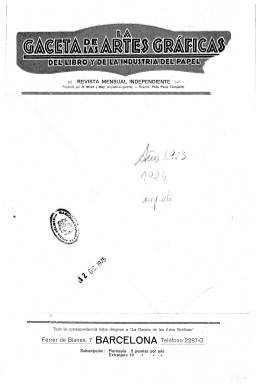
Título: La Gaceta de las artes gráficas del libro y de la industria del papel
Otros títulos: Gaceta de las artes gráficas
Colección: Artes gráficas || Libros
Ámbito geográfico: Barcelona
Lugar de publicación: Barcelona
Fechas: 01/10/1923-01/09/1938

Fundada por O. Streit y May, que fue también su propietario-gerente, siendo su director al principio Félix Pérez Tomasetti. Revista de carácter profesional, industrial y comercial, incluido el de la exportación, dedicada a los sectores de la fabricación del papel, de cartonajes y de tintas, fundición de tipos, empresas editoras e impresoras y al trabajo de tipógrafos, fotograbadores, litógrafos o encuadernadores y, en general, a todos los sectores del ramo de las artes gráficas en su edición de productos librescos y también de publicaciones periódicas (revistas y periódicos).

Con el subtítulo “revista mensual independiente”, que nunca abandonará, aparece su primer número en octubre de 1923, editada por la barcelonesa Publicaciones Modernas. Ofrecerá información española y extranjera de las actividades empresariales del sector, señalando que dispondrá de una densa red de colaboradores y corresponsales, tanto en la península como en otros países; publicará estudios de carácter técnico y económico (excepto los que contengan aspectos políticos), así como descripciones detalladas del funcionamiento de máquinas y otros utillajes auxiliares. También dispondrá de una sección de consultas y consejos de carácter técnico y económico, e insertará anuncios de compra-venta para patronos y operarios. En sus páginas abunda la publicidad de los productos dedicados a las artes gráficas de empresas y compañías.

Ofrece información sobre novedades tecnológicas, de técnicas de composición y edición, historia de la imprenta y de la tipografía, sistemas de impresión y producción, celebración de congresos y exposiciones de prensa y artes gráficas, industrias del papel, producción hemerográfica y de las imprentas de provincias. Entre sus colaboradores se encuentran el editor e impresor madrileño Estanislao Maestre, así como el experto Juan Oller Xaus o Manuel de Escar Lagada, Rafael Sampere y Antonio Rovira, que publicará un vocabulario tipográfico.

Sus entregas serán de variada paginación, desde la docena hasta más de cincuenta páginas por entrega. Cada año inicia nueva secuencia de numeración. Destaca la variación en el diseño y tipografía de sus cubiertas, siendo algunas estampadas a varias tintas. También publica algunas láminas en color, así como dibujos, figuras y fotograbados, que acompañan a sus textos o a las inserciones publicitarias.

Con cabecera propia llega a incluir en sus entregas el título Papel y tinta, como “revista mensual” dedicada al comercio de papelería, objetos de escritorio, dibujo y propaganda, etc. Continuó publicándose durante prácticamente toda la guerra civil. El último número de la colección de la Biblioteca Nacional de España corresponde a uno doble, de septiembre-octubre de 1938.